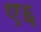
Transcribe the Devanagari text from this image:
ए६